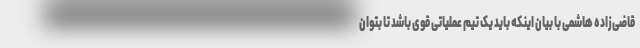
قاضی‌زاده هاشمی با بیان اینکه باید یک تیم عملیاتی قوی باشد تا بتوان